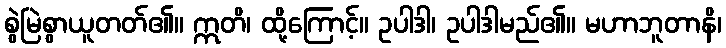
စွဲမြဲစွာယူတတ်၏။ ဣတိ၊ ထို့ကြောင့်။ ဥပါဒါ၊ ဥပါဒါမည်၏။ မဟာဘူတာနိ၊